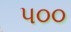
પ૦૦